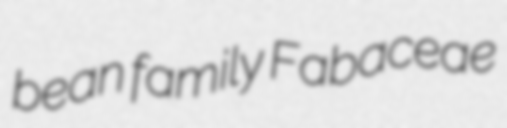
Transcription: bean family Fabaceae